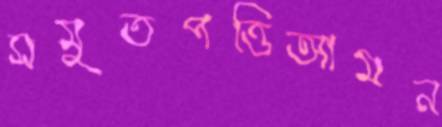
সমুতপত্তিআমন